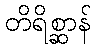
တိရိစ္ဆာန်